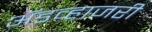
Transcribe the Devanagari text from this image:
ॲडव्हाजरी